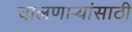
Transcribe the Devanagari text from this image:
चालणार्‍यांसाठी